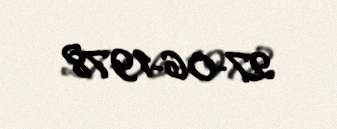
27-06-1978